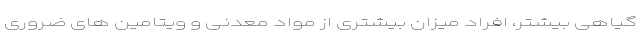
گیاهی بیشتر، افراد میزان بیشتری از مواد معدنی و ویتامین های ضروری